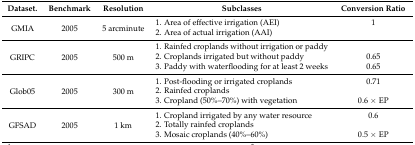
<table><thead><tr><td><b>Dataset.</b></td><td><b>Benchmark</b></td><td><b>Resolution</b></td><td><b>Subclasses</b></td><td><b>Conversion Ratio</b></td></tr></thead><tbody><tr><td rowspan="2">GMIA</td><td rowspan="2">2005</td><td rowspan="2">5 arcminute</td><td>1. Area of effective irrigation (AEI)</td><td>1</td></tr><tr><td>2. Area of actual irrigation (AAI)</td><td></td></tr><tr><td rowspan="3">GRIPC</td><td rowspan="3">2005</td><td rowspan="3">500 m</td><td>1. Rainfed croplands without irrigation or paddy</td><td></td></tr><tr><td>2. Croplands irrigated but without paddy</td><td>0.65</td></tr><tr><td>3. Paddy with waterflooding for at least 2 weeks</td><td>0.65</td></tr><tr><td rowspan="3">Glob05</td><td rowspan="3">2005</td><td rowspan="3">300 m</td><td>1. Post-flooding or irrigated croplands</td><td>0.71</td></tr><tr><td>2. Rainfed croplands</td><td></td></tr><tr><td>3. Cropland (50%–70%) with vegetation</td><td>0.6 × EP</td></tr><tr><td rowspan="3">GFSAD</td><td rowspan="3">2005</td><td rowspan="3">1 km</td><td>1. Cropland irrigated by any water resource</td><td>0.6</td></tr><tr><td>2. Totally rainfed croplands</td><td></td></tr><tr><td>3. Mosaic croplands (40%–60%)</td><td>0.5 × EP</td></tr></tbody></table>